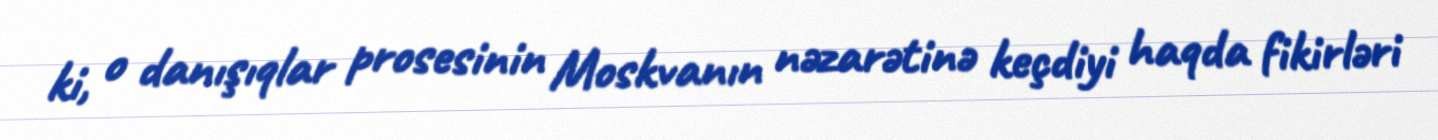
ki, o danışıqlar prosesinin Moskvanın nəzarətinə keçdiyi haqda fikirləri